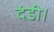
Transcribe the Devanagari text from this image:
दंडी।